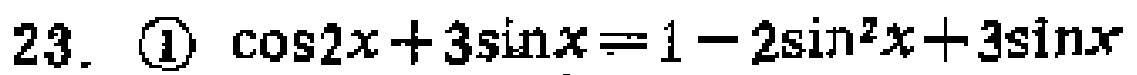
23. \textcircled{1} $\cos2x + 3\sin x=1 - 2\sin^{2}x + 3\sin x$